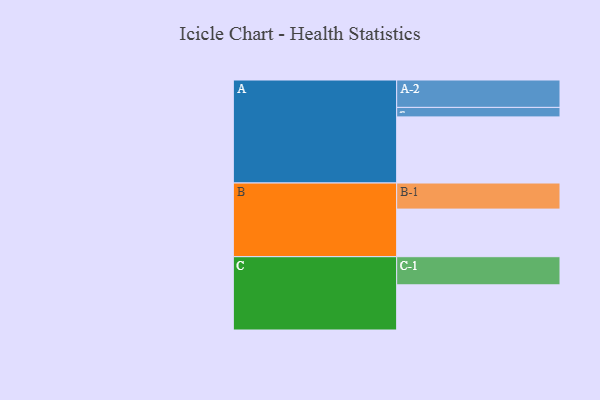
{"axis": {"x": "Segment", "y": "Value"}, "legend": ["", "A", "B", "C"], "data": [{"x": "A", "y": 543, "type": ""}, {"x": "B", "y": 391, "type": ""}, {"x": "C", "y": 371, "type": ""}, {"x": "A-1", "y": 78, "type": "A"}, {"x": "A-2", "y": 225, "type": "A"}, {"x": "B-1", "y": 214, "type": "B"}, {"x": "C-1", "y": 231, "type": "C"}]}